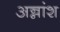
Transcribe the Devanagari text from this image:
अन्नांश